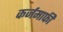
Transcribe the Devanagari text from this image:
कर्जमाफी